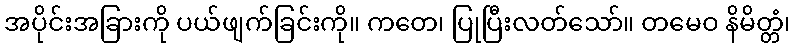
အပိုင်းအခြားကို ပယ်ဖျက်ခြင်းကို။ ကတေ၊ ပြုပြီးလတ်သော်။ တမေဝ နိမိတ္တံ၊